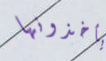
يأخذونها